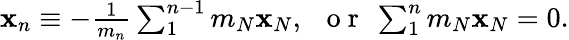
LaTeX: \begin{array}{r}{{\mathbf x}_{n}\equiv-\frac{1}{m_{n}}\sum_{1}^{n-1}m_{N}{\mathbf x}_{N},~~\mathrm{~o~r~}~\sum_{1}^{n}m_{N}{\mathbf x}_{N}=0.}\end{array}